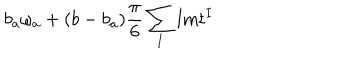
b _ { a } \omega _ { a } + ( b - b _ { a } ) { \frac { \pi } { 6 } } \sum _ { I } \mathrm { I m } t ^ { I }